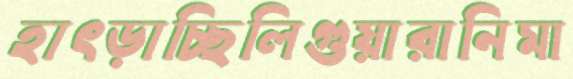
হাৎড়াচ্ছিলিগুয়ারানিমা